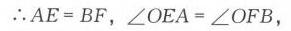
\(\therefore AE = BF,\angle OEA=\angle OFB,\)